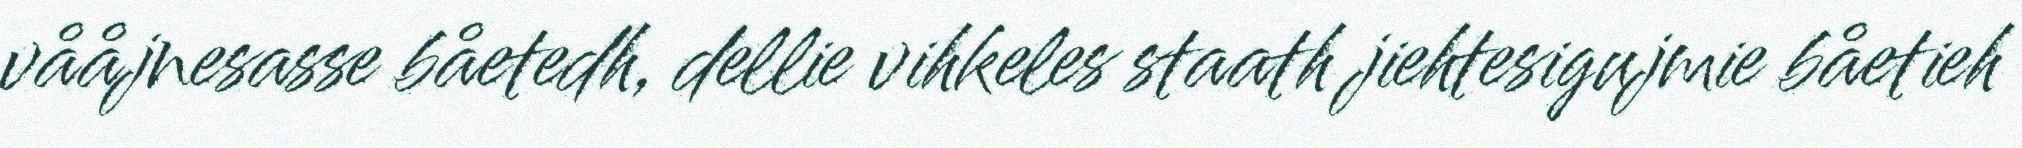
vååjnesasse båetedh, dellie vihkeles staath jiehtesigujmie båetieh